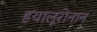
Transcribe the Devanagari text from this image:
हयालूरोनान